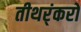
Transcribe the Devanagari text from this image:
तीथर्ंकरों